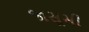
જાસૂસી